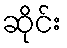
ဆိုင်း